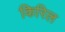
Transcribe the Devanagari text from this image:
किरिल